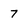
Character: 7